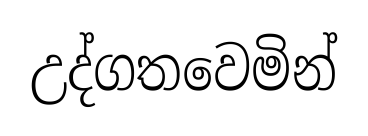
උද්ගතවෙමින්